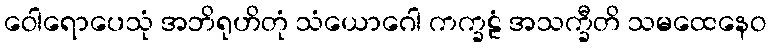
ဝေါရောပေသုံ အဘိရုဟိတုံ သံယောဂေါ ကက္ခဠံ အသက္ခီတိ သမထေနေဝ